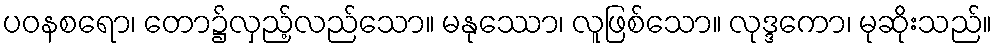
ပဝနစရော၊ တော၌လှည့်လည်သော။ မနုဿော၊ လူဖြစ်သော။ လုဒ္ဒကော၊ မုဆိုးသည်။